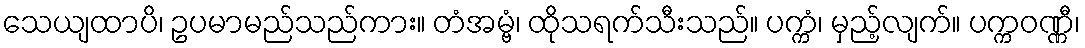
သေယျထာပိ၊ ဥပမာမည်သည်ကား။ တံအမ္ဗံ၊ ထိုသရက်သီးသည်။ ပက္ကံ၊ မှည့်လျက်။ ပက္ကဝဏ္ဏီ၊